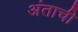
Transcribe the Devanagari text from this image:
अंताची